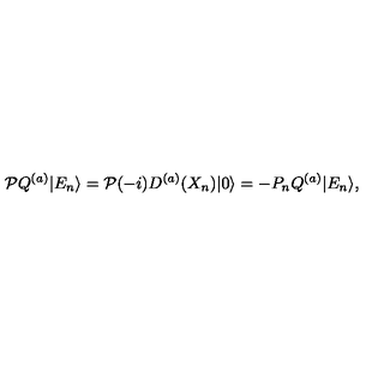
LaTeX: { \cal P } Q ^ { ( a ) } | E _ { n } \rangle = { \cal P } ( - i ) D ^ { ( a ) } ( X _ { n } ) | 0 \rangle = - P _ { n } Q ^ { ( a ) } | E _ { n } \rangle ,